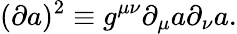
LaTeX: (\partial a)^{2}\equiv g^{\mu\nu}\partial_{\mu}a\partial_{\nu}a.